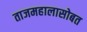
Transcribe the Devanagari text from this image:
ताजमहालासोबत